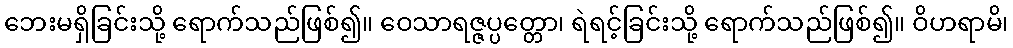
ဘေးမရှိခြင်းသို့ ရောက်သည်ဖြစ်၍။ ဝေသာရဇ္ဇပ္ပတ္တော၊ ရဲရင့်ခြင်းသို့ ရောက်သည်ဖြစ်၍။ ဝိဟရာမိ၊